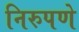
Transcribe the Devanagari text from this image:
निरुपणे